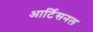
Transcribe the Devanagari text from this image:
आर्टिसनल